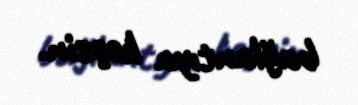
bağlantıya keçsin.